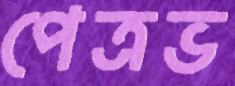
পেত্রভ